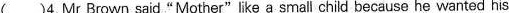
( )4.Mr Brown said"Mother"like a small chi d because he wanted his